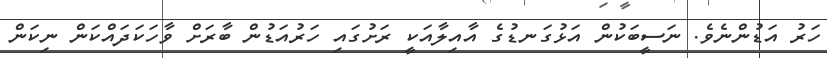
ހަރު އަޑުންނެވެ. ނަސީބަކުން އަޅުގަނޑުގެ އާއިލާއަކީ ރަށުގައި ހަރުއަޑުން ބާރަށް ވާހަކަދައްކަން ނިކަން